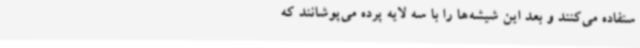
ستفاده می‌کنند و بعد این شیشه‌ها را با سه لایه پرده می‌پوشانند که